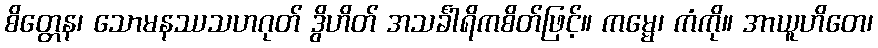
စိတ္တေန၊ သောမနဿသဟဂုတ် ဒွိဟိတ် အသင်္ခါရိကစိတ်ဖြင့်။ ကမ္မေ၊ ကံကို။ အာယူဟိတေ၊